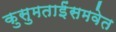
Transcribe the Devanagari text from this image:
कुसुमताईंसमवेत